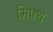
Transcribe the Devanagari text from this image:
मिफ्थ